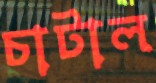
চাটাল